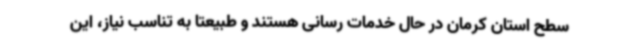
سطح استان کرمان در حال خدمات رسانی هستند و طبیعتا به تناسب نیاز، این